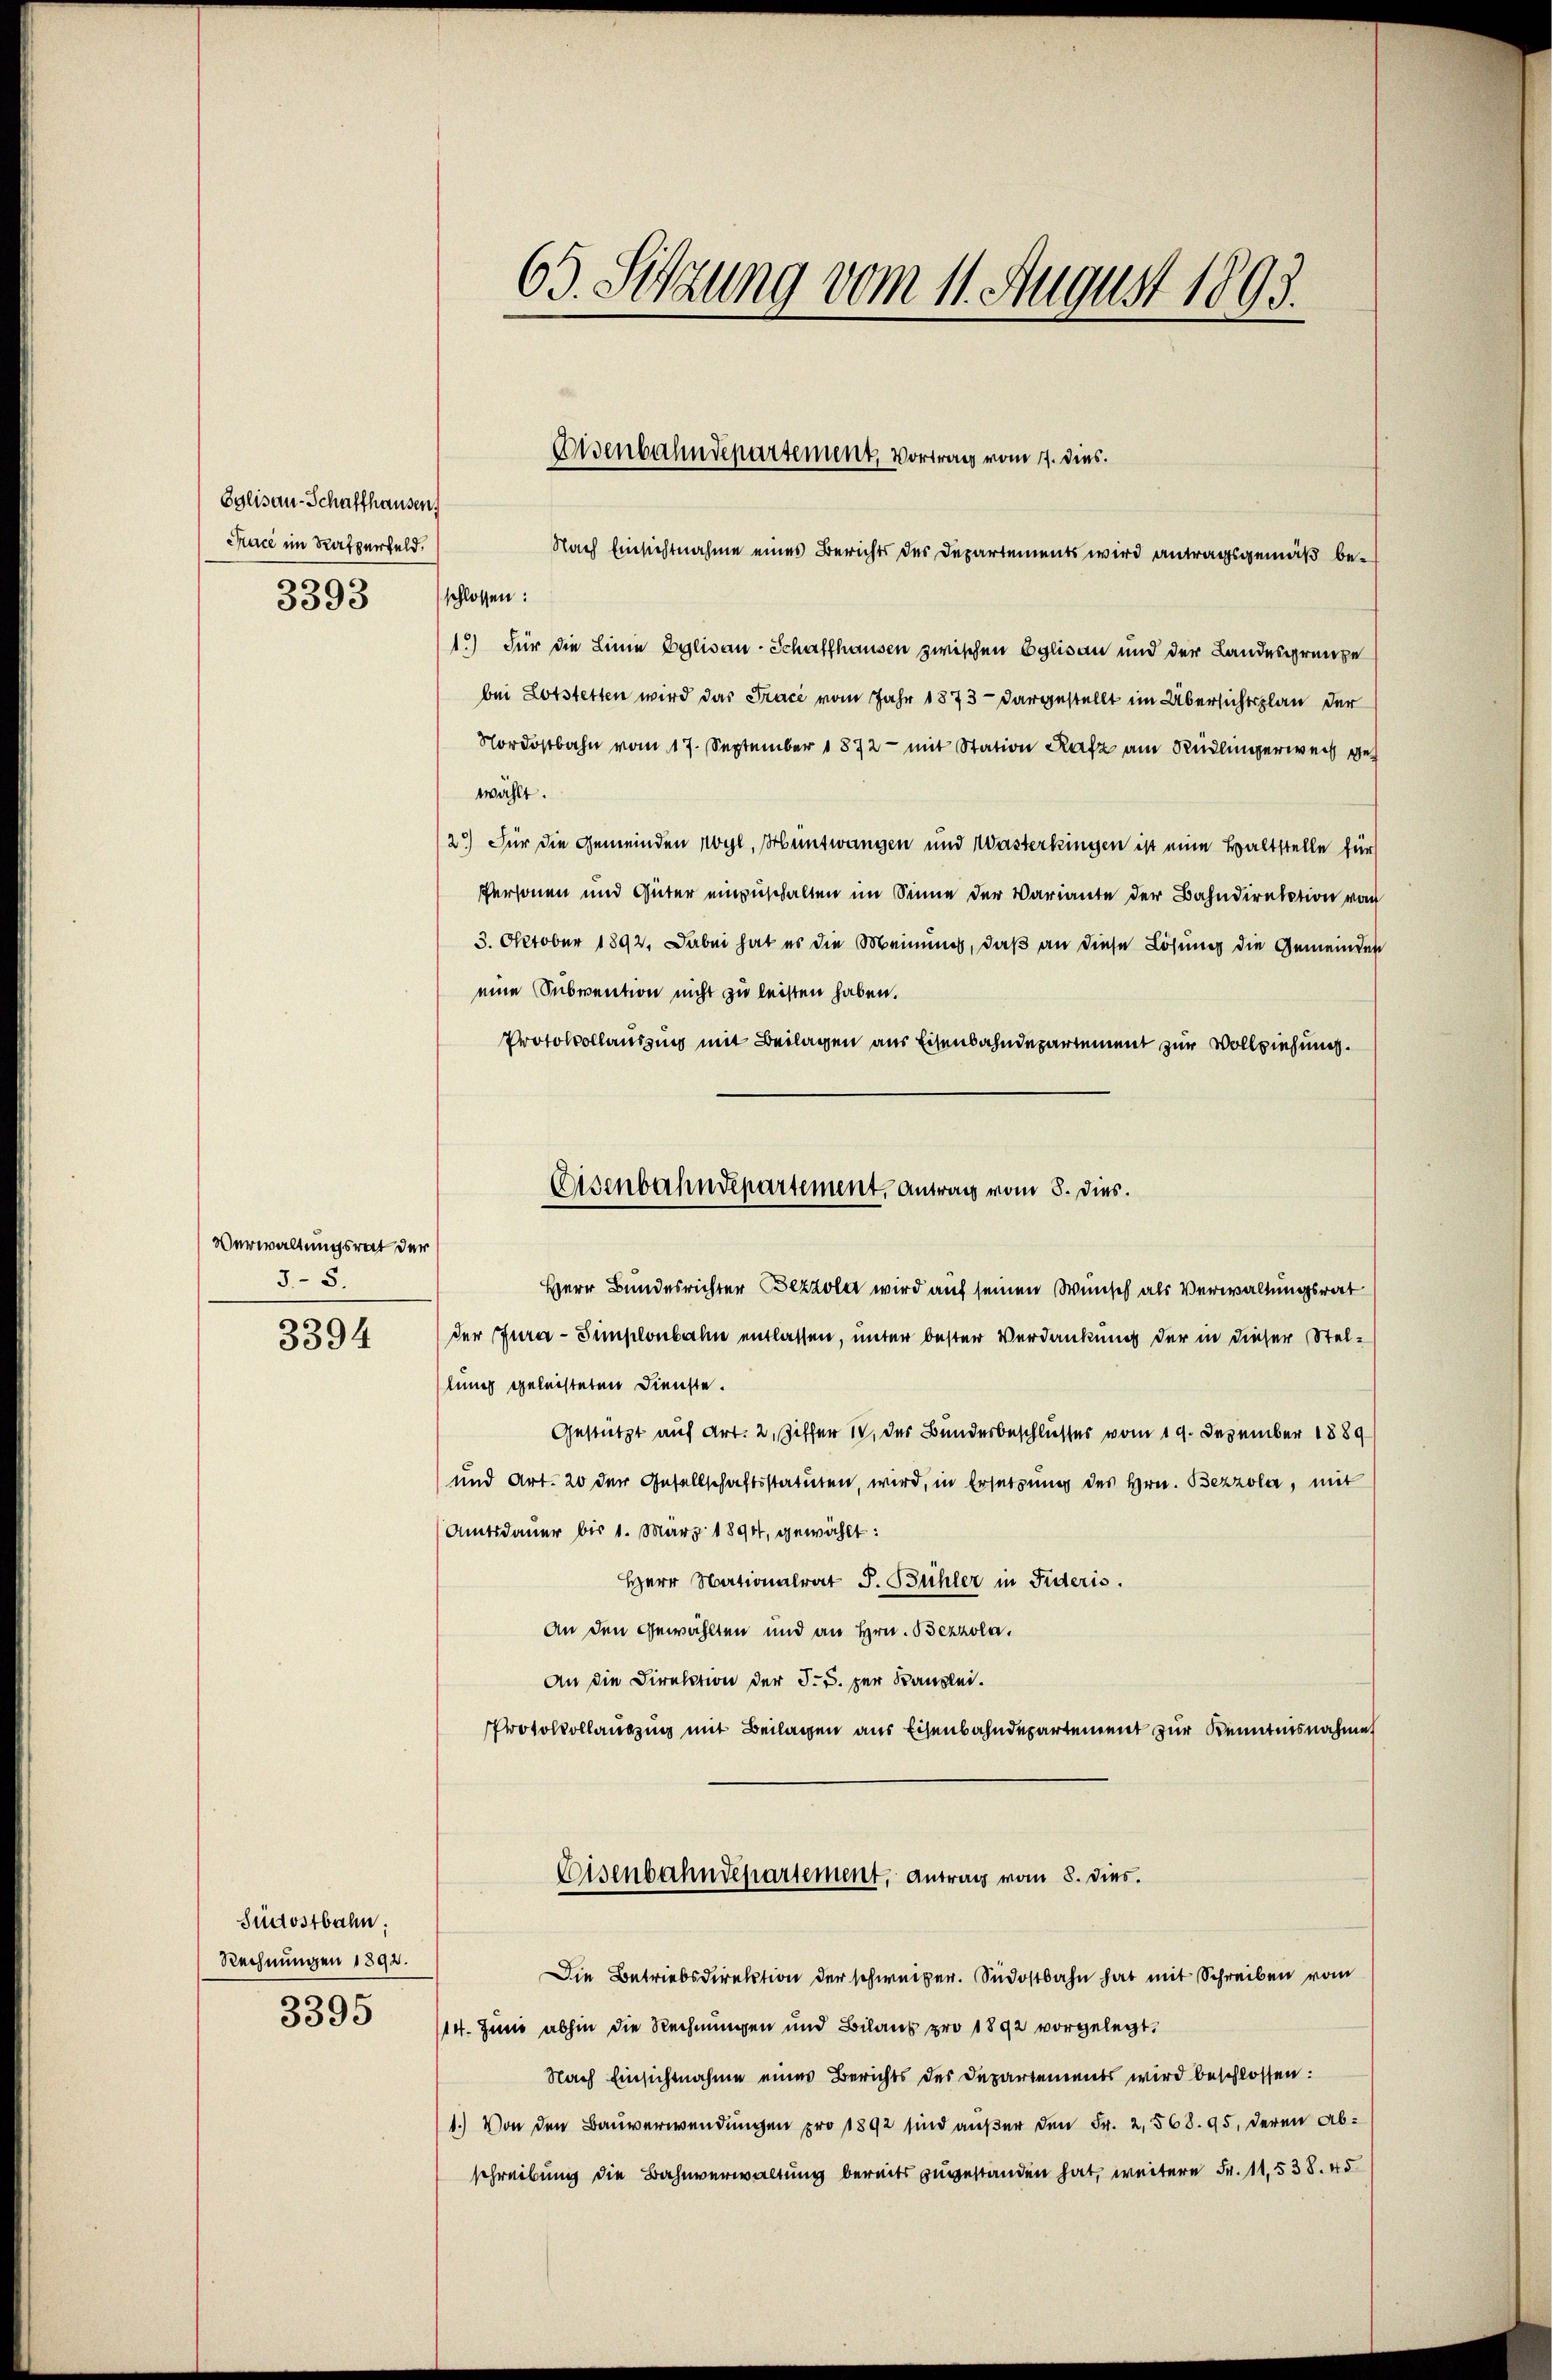
Eglisau-Schaffhausen.
Trace im Rasperfeld.
3393

Verwaltungsrat der
3.- 5.

3394

Südostbahn.
Rechnungen 1892.
3395

Nach Einsichtnahme eines Berichts des Departements wird antragsgemäß beschlossen:
1.) Für die Linie Eglisau-Schaffhausen zwischen Eglisau und der Landesgrenze
bei Lotstetten wird das Trace vom Jahr 1873 - dargestellt im Übersichtsplan der
Nordostbahn vom 17. September 1872 - mit Station Rafz am Rüdlingerweis geh
wählt.
2) Für die Gemeinden Wyl, Hüntwangen und Wasterkingen ist eine Haltstelle für
Personen und Güter einzuschalten im Sinne der Variante der Bahndirektion von
3. Oktober 1892. Dabei hat es die Meinung, daß an diese Lösung die Gemeinden
eine Subvention nicht zu leisten haben.
Protokollausung mit Beilagen aus Eisenbahndepartement zur Vollziehung.
Herr Bundesrichter Bezzola wird auf seinen Wunsch als Verwaltungsrat
der Jura-Simplonbahn entlassen, unter bester Verdankung der in dieser Stellung geleisteten Dienste.
Gestützt auf Art. 2, Ziffer IV. des Bunderbeschlusses vom 19. Dezember 1889
und Art. 20 der Gesellschaftsstatuten, wird, in Ersetzung des Hrn. Bezzola, mit
(Amtsdauer bis 1. März 1890, gewählt:
Herr Nationalrat J. Bühler in Fideris
An den Gewählten und an Hrn. Bezzola.
An die Direktion der §. 5. zur Kanzlei.
Protokollauszug mit Beilagen aus Eisenbahndepartement zur Kenntnisnahme
Eisenbahndepartement, Antrag vom 8. dies.
Die Betriebsdirektion der schweizer. Südostbahn hat mit Schreiben vom
114. Juni abhin die Rechnungen und Bilanz pro 1892 vorgelegt.
Nach Einsichtnahme eines Berichts des Departements wird beschlossen:
1.) Von den Bauverwendungen pro 1892 sind außer den Fr. 2,568. 95, deren Abschreibung die Bahnverwaltung bereits zugestanden hat, weitere Fr. 11,538. 45

63. Setzung vom 11. August 1803.

Disenbahndepartement, Vortrag vom 17. dies.

Eisenbahndepartement. Antrag vom 8. Dies.